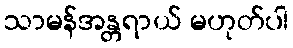
သာမန်အန္တရာယ် မဟုတ်ပါ